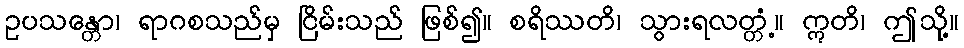
ဥပသန္တော၊ ရာဂစသည်မှ ငြိမ်းသည် ဖြစ်၍။ စရိဿတိ၊ သွားရလတ္တံ့။ ဣတိ၊ ဤသို့။